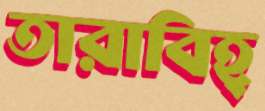
তারাবিহ্